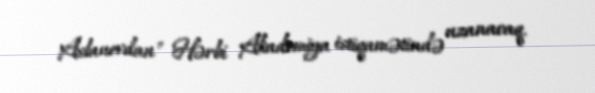
Aslanovdan" Hərbi Akademiya istiqamətində uzanacaq.